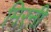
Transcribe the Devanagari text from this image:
मिरनी